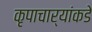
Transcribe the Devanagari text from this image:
कृपाचार्यांकडे